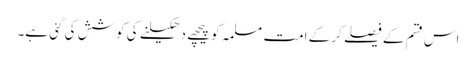
اس قسم کے فیصلے کر کے امت مسلمہ کو پیچھے دھکیلنے کی کوشش کی گئی ہے۔